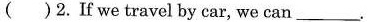
( )2.If we travel by car, we can